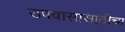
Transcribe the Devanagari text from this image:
उपवासासाठीचा